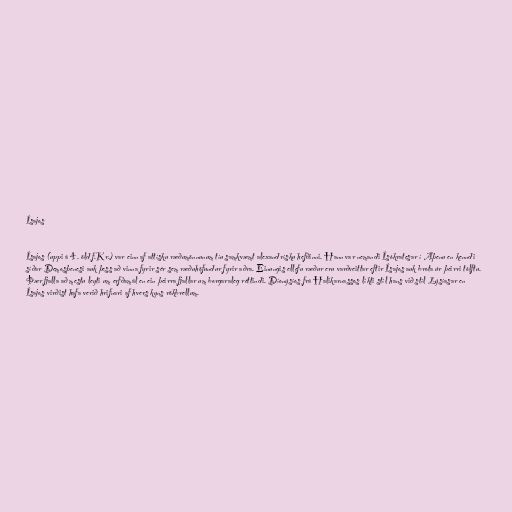
Ísajos

Ísajos (uppi á 4. öld f.Kr.) var einn af attísku ræðumönnunum tíu samkvæmt alexandrísku hefðinni. Hann var nemandi Ísókratesar í Aþenu en kenndi
síðar Demosþenesi auk þess að vinna fyrir sér sem ræðuhöfundur fyrir aðra. Einungis ellefu ræður eru varðveittar eftir Ísajos auk brota úr þeirri tólftu.
Þær fjalla að mestu leyti um erfðamál en ein þeirra fjallar um borgaraleg réttindi. Díonýsíos frá Halikarnassos líkti stíl hans við stíl Lýsíasar en
Ísajos virðist hafa verið hrifnari af hvers kyns rökbrellum.